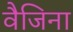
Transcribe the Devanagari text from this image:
वैजिना